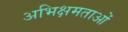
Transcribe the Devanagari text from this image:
अभिक्षमताओं